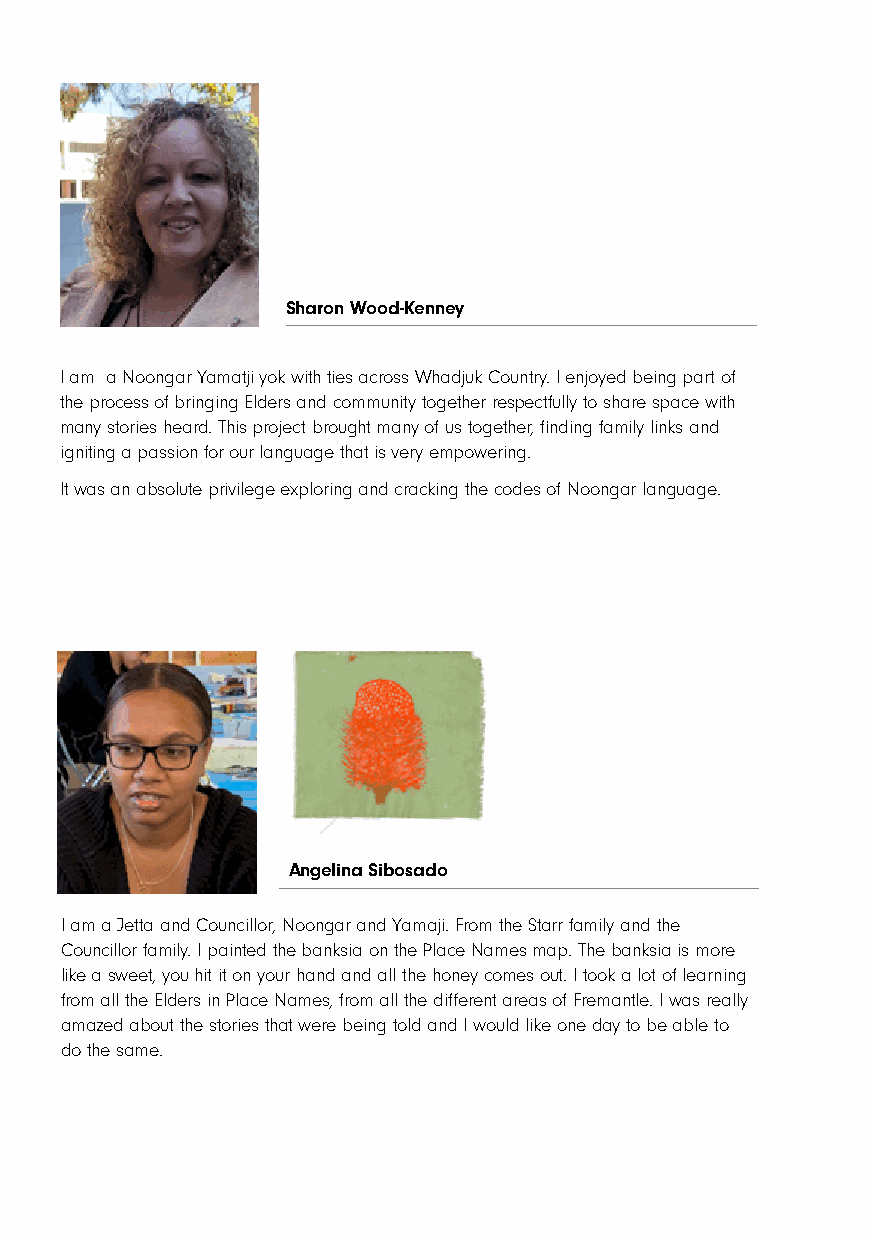
Sharon Wood-Kenney
 I am a Noongar Yamatji yok with ties across Whadjuk Country. I enjoyed being part of
 the process of bringing Elders and community together respectfully to share space with
 many stories heard. This project brought many of us together, finding family links and
 igniting a passion for our language that is very empowering.
 It was an absolute privilege exploring and cracking the codes of Noongar language.
 Angelina Sibosado
 I am a Jetta and Councillor, Noongar and Yamaji. From the Starr family and the
 Councillor family. I painted the banksia on the Place Names map. The banksia is more
 like a sweet, you hit it on your hand and all the honey comes out. I took a lot of learning
 from all the Elders in Place Names, from all the different areas of Fremantle. I was really
 amazed about the stories that were being told and I would like one day to be able to
 do the same.